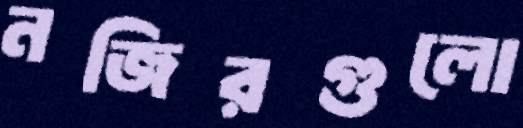
নজিরগুলো